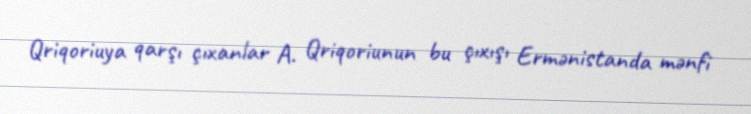
Qriqoriuya qarşı çıxanlar A. Qriqoriunun bu çıxışı Ermənistanda mənfi